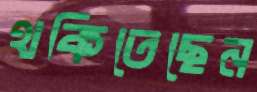
থকিতেছেন